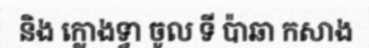
និង ក្លោងទ្វា ចូល ទី ប៉ាឆា កសាង